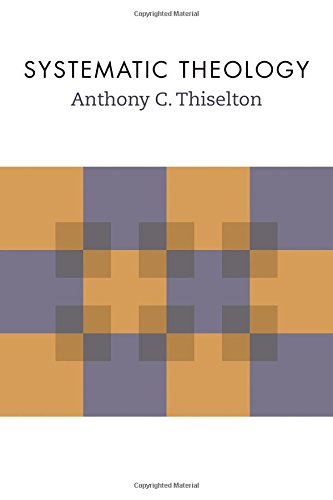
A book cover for Systematic Theology; Anthony C. Thiselton; Christian Books & Bibles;